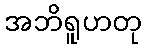
အဘိရူဟတု